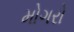
મોગરો